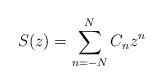
LaTeX: \begin{align*} S(z)=\sum_{n=-N}^N C_nz^n\end{align*}